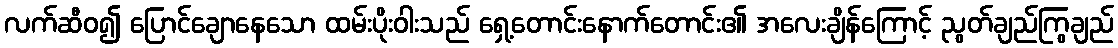
လက်ဆီဝ၍ ပြောင်ချောနေသော ထမ်းပိုးဝါးသည် ရှေ့တောင်းနောက်တောင်း၏ အလေးချိန်ကြောင့် ညွတ်ချည်ကြွချည်